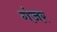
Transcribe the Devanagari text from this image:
गंजर